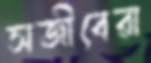
সজীবেরা